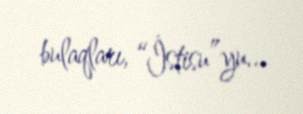
bulaqları, “İstisu”yu...